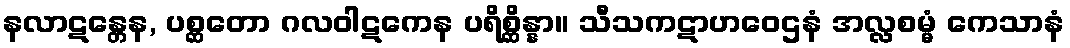
နလာဋန္တေန, ပစ္ဆတော ဂလဝါဋကေန ပရိစ္ဆိန္နာ။ သီသကဋာဟဝေဌနံ အလ္လစမ္မံ ကေသာနံ